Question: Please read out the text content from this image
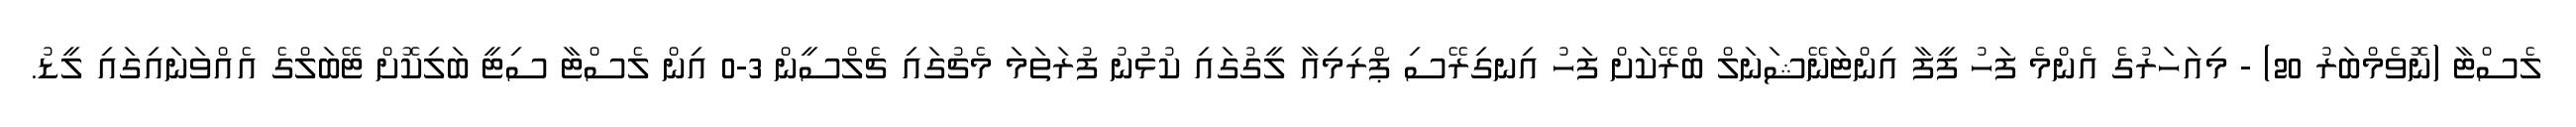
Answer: ލެސްޓާ (ނޮވެމްބަރު 20) - މިއަހަރުގެ އެންމެ ފަހު ފީފާ އިންޓަނޭޝަނަލް ބްރޭކަށް ފަހު އިނގިރޭސި ޕްރިމިއާ ލީގުގައި ކުޅުނު ފުރަތަމަ މެޗުގައި ޗެލްސީން 3-0 އިން ލެސްޓާ ސިޓީ ބަލިކޮށް ޓޭބަލްގެ އެއްވަނައިގައި ލީޑު.